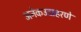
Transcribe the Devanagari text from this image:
अनेकउदाहरणे